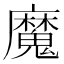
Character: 魔